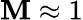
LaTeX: \mathbf{M}\approx1